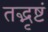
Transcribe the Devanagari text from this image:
तद्भृष्टं